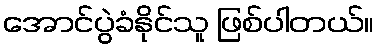
အောင်ပွဲခံနိုင်သူ ဖြစ်ပါတယ်။